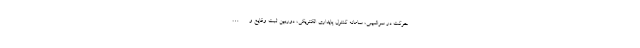
حرکت در سراشیبی، سامانه کنترل پایداری الکتریکی، دوربین ثبت وقایع و…